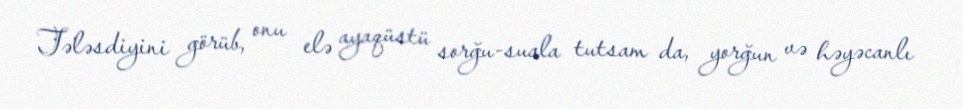
Tələsdiyini görüb, onu elə ayaqüstü sorğu-suala tutsam da, yorğun və həyəcanlı